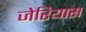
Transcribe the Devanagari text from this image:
जेरियास